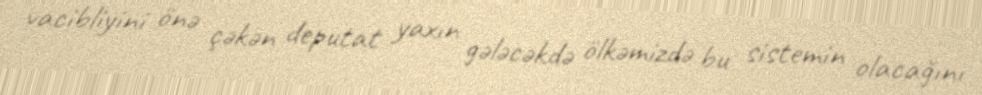
vacibliyini önə çəkən deputat yaxın gələcəkdə ölkəmizdə bu sistemin olacağını